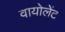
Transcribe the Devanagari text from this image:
वायोलेंट